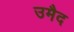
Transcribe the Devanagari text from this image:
उमैद